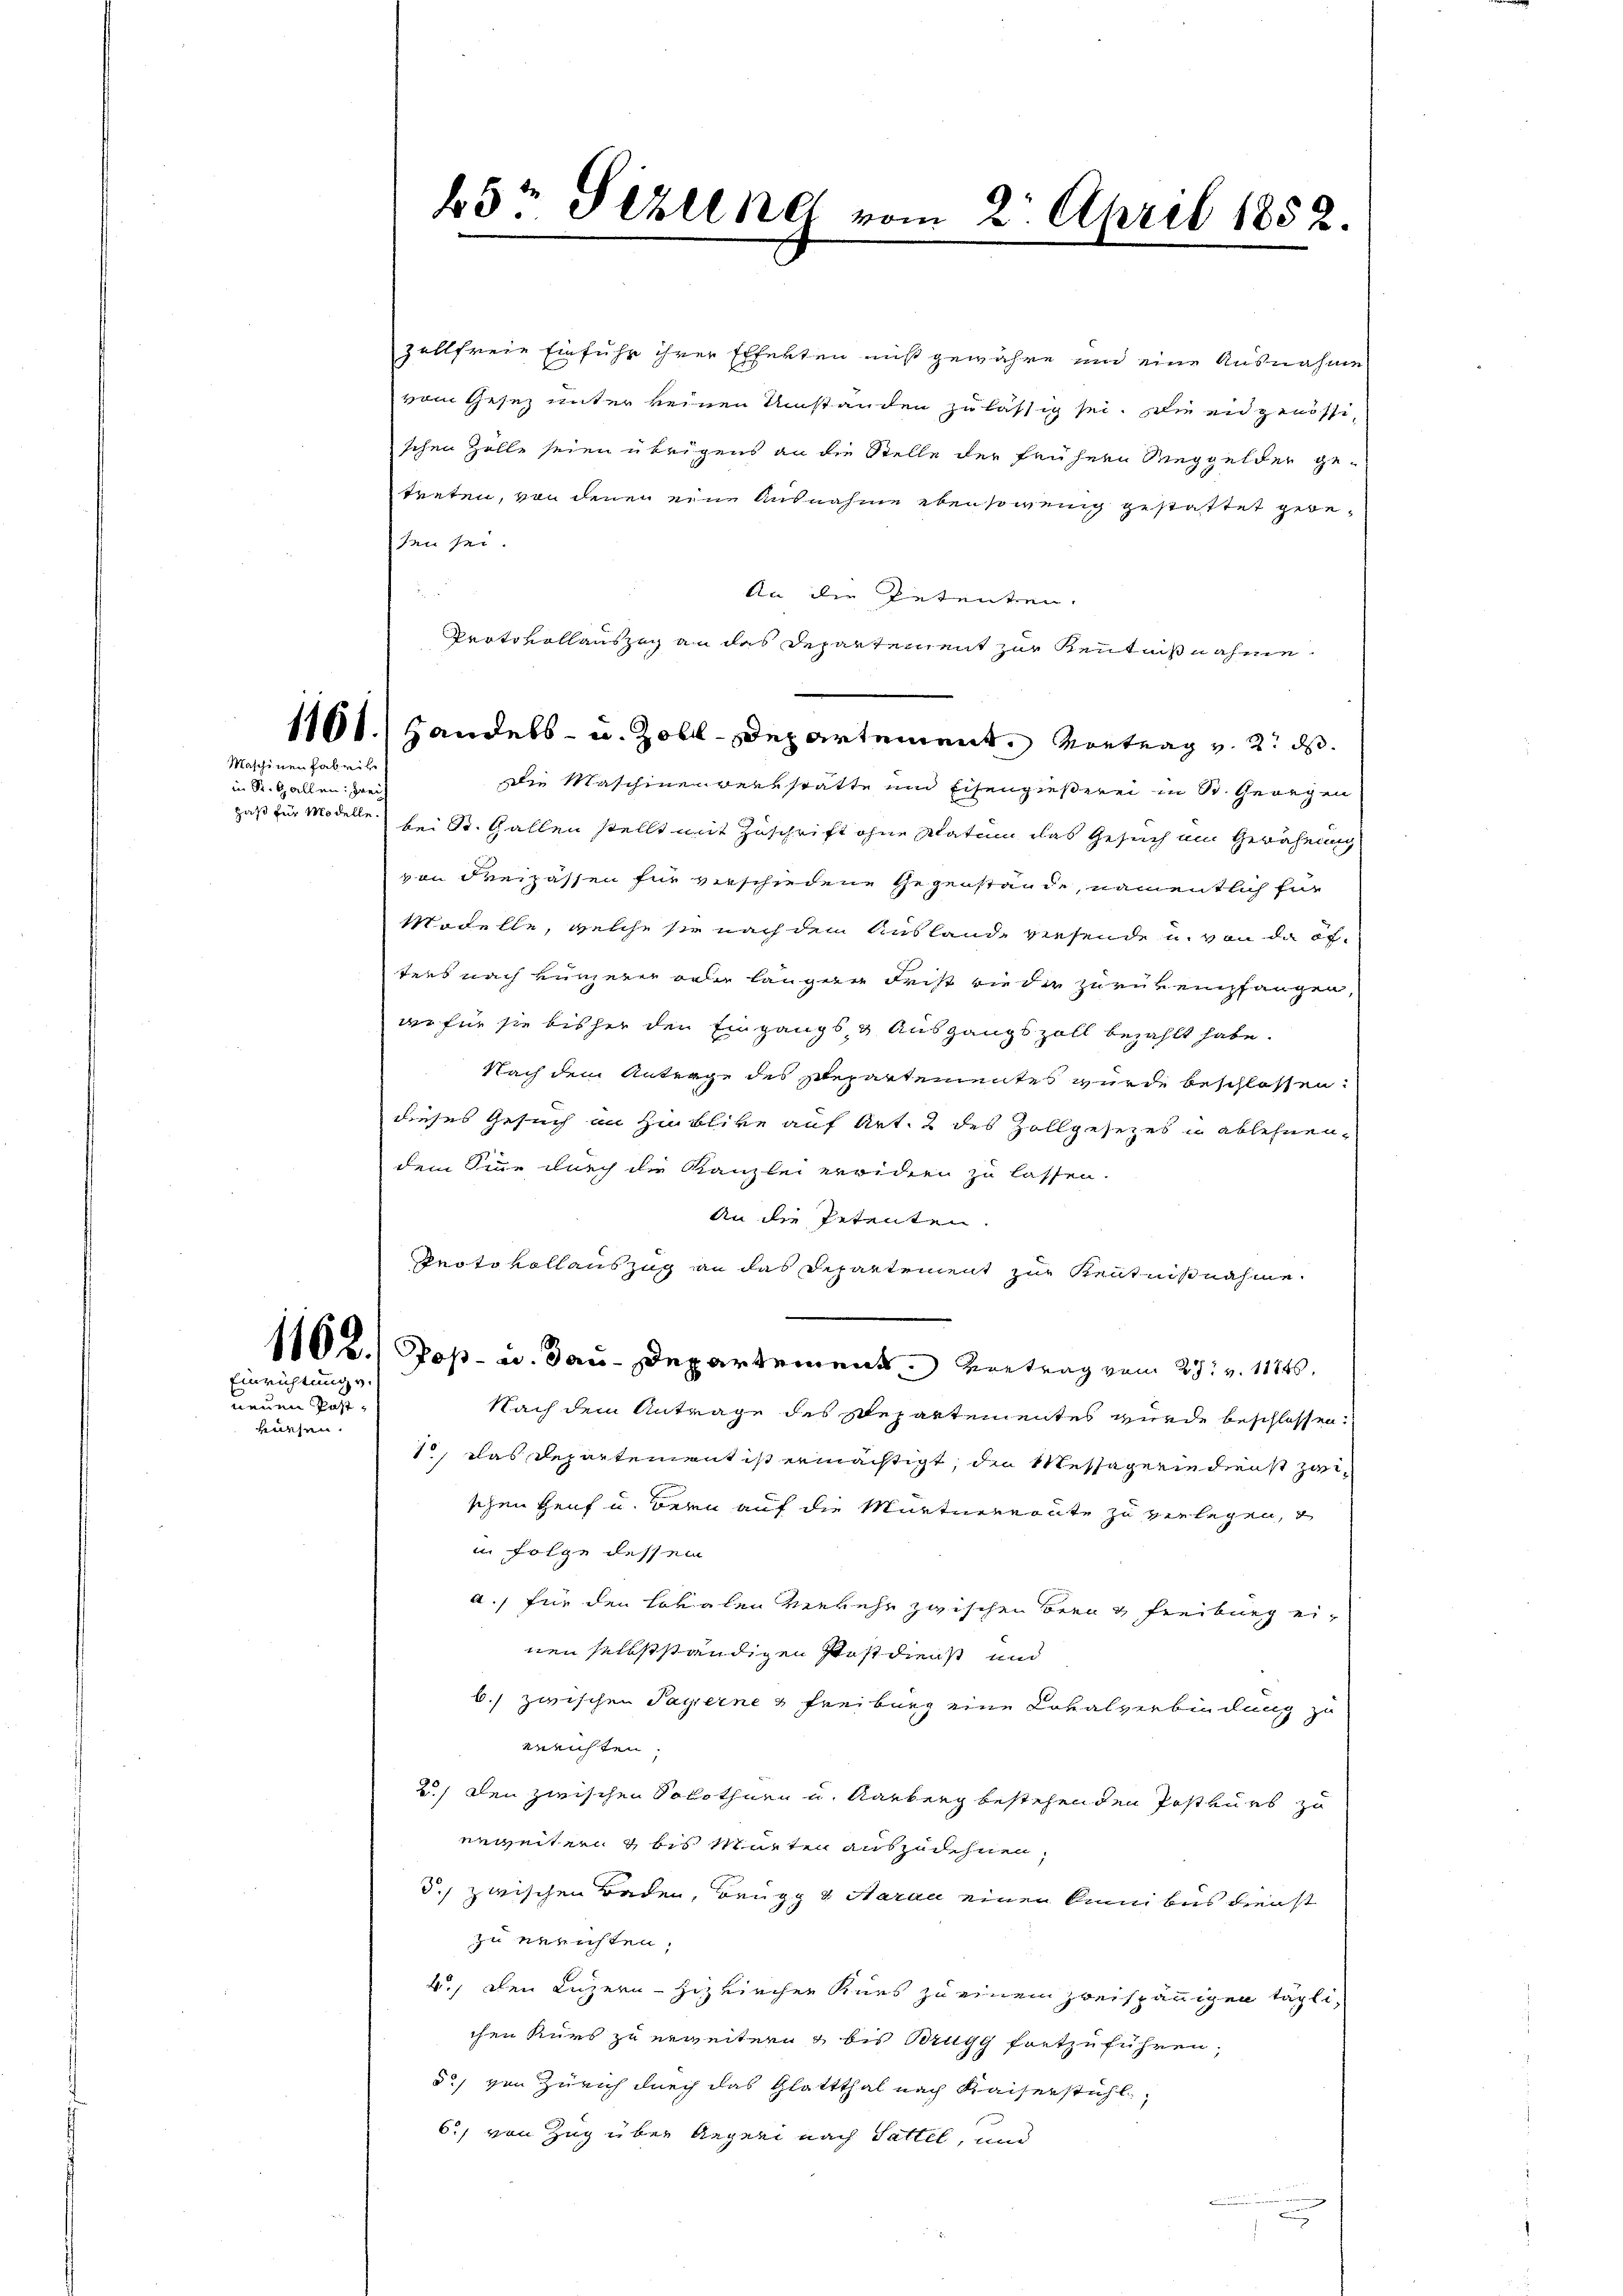
Maschinen Fabrike
in St. Gallen: zwei
haß für Modelle.

Einrichtung v.

neuen Postküssen.

25 Sizlene von

Protokollauszug an das Departement zur Kenntnißnahme
1101. Handels- u. Zolldepartement. Vortrag v. 2. ds.

2. April 1852.

zollfreie Einfuhr ihrer Effekten muß gewähre und eine Ausnahme
vom Gesez unter keinen Umstanden zulässig sei. Die eidgenössischen Zolle seien übrigens an die Stelle der frühern Weggelder ge-
treten, von denen eine Ausnahme ebensowenig gestattet gebeten sei.
de
An die Petenten.
Die Maschinenversstatte um Eisengießerei in St. Georgen
bei St. Gallen stellt mit Zuschrift ohne Statum das Gesuch im Gewährung
von Freipassen für verschiedene Gegenstände, namentlich für
Modelle, welche sie nach dem Ausland, wiesende u. von da ofters nach unzerer oder längere Frist die die zurükempfangen,
de für sie bisher den Eingangs, u. Ausgangszoll bezahlt habe.
Nach dem Anterge des separtementes wurde beschlossen:
dieses Gesuch in Hinblike auf Art. 2 des Zollgesezes in ablehnen,
dem Sinne durch die Kanzlei erwidern zu lassen.
An die Petenten.
Protokollauszug an das Departement zur Kenntnißnahme.

1102. Pop- u. Bau-Departement. Vortrag vom 27. v. 11746.
Nach dem Antrage des Repartementes wurde beschlossen:
1, das Departement ist ermächtigt, den Messagerindienst zwischen Heuf u. Bern auf die Murtereronte zu verlegen, d
in Folge dessen
a. für den Lokalen verkehr zwischen Bern & Freiburg einen selbstständigen Postdienst und
b.) zwischen Payerne u Freiburg eine Lokalverbindung zu
errichten
2) den zwischen Solothurn u. Aarberg bestehenden Postkurs zu
erweiten 4 bis Marten auszudehnen,
5.) zwischen Baden, Beugg & daran einen kann bis Dienst
zu neuesten.
4.) Den Luzern - zuzkirchen Kues zu einem zweispännigen täglichen Kurs zu erweitern & bis Brugg fortzuführen;
5., von Zürich durch das Glattthal nach Kaiserstühl
6.) von Zug über Regen nach Sattel, und
n
d
n